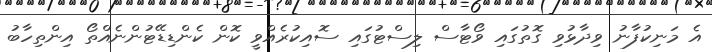
އެ މަނިކުފާނު ވިދާޅުވި ގޮތުގައި ވޯޓާސް ލިސްޓުގައި ސޮއިކުރެއްވީ ކޮން ކެންޑިޑޭޓުންނެއްތޯ އިންތިހާބު